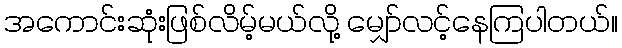
အကောင်းဆုံးဖြစ်လိမ့်မယ်လို့ မျှော်လင့်နေကြပါတယ်။